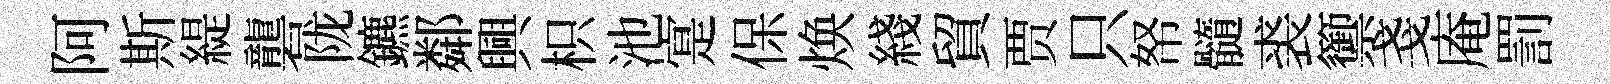
阿斯緹礱陇鑣鄰興枳池寔保焕綫貿贾只帑髓裘籞戔庵罰